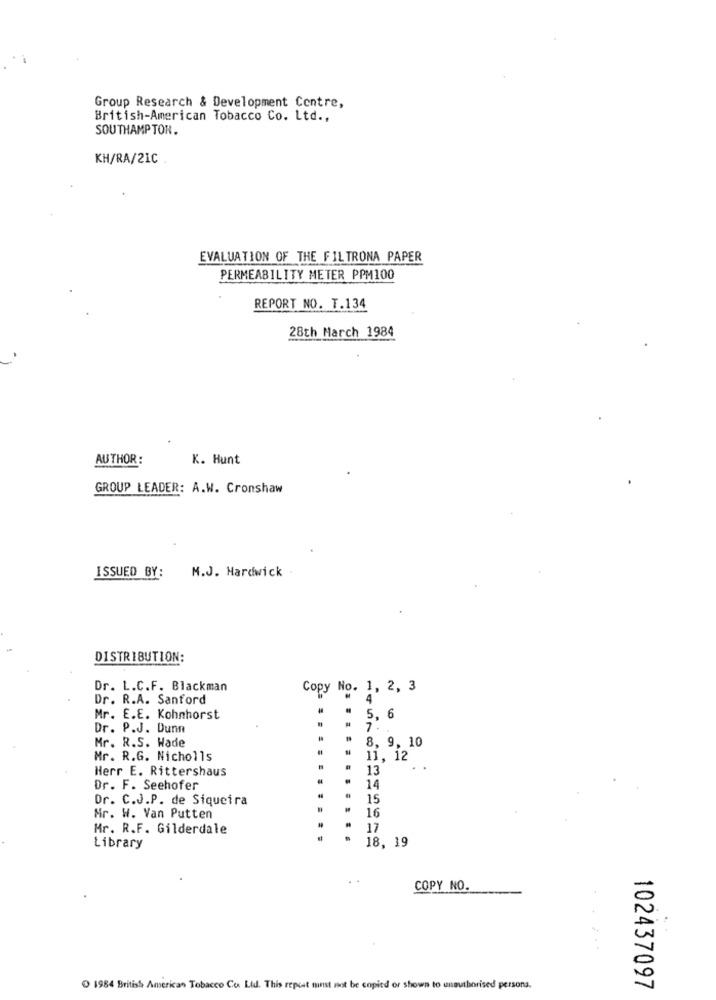
Group Research & Development Centre,
British-American Tobacco Co. Ltd .,
SOUTHAMPTON.
KH/RA/21C
EVALUATION OF THE FILTRONA PAPER
PERMEABILITY METER PPM100
REPORT NO. T.134
28th March 1984
AUTHOR :
K. Hunt
GROUP LEADER: A.W. Cronshaw
M.J. Hardwick
ISSUED BY:
DISTRIBUTION:
Dr. L.C.F. Blackman
Copy No. 1, 2, 3
Dr. R.A. Sanford
4
Mr. E.E. Kohnhorst
5, 6
Dr. P.J. Dunn
Mr. R.S. Wade
8, 9, 10
Mr. R.G. Nicholls
11, 12
Herr E. Rittershaus
13
Dr. F. Seehofer
14
Dr. C.J.P. de Siqueira
15
.......
16
Mr. W. Van Putten
Mr. R.F. Gilderdale
17
18, 19
Library
COPY NO.
1984 British American Tobacco Co. Ltd. This repeat minst not be copied or shown to unauthorised persona.
102437097